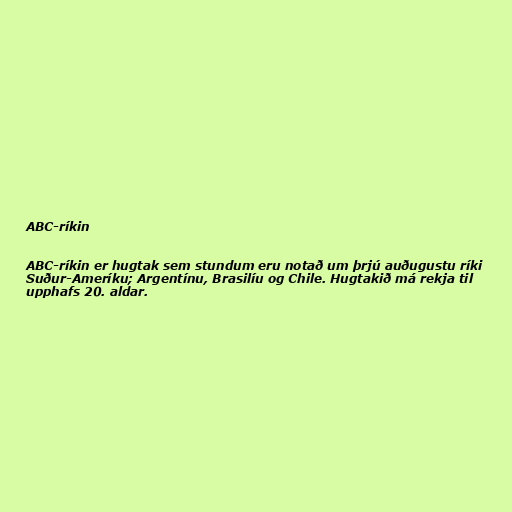
ABC-ríkin

ABC-ríkin er hugtak sem stundum eru notað um þrjú auðugustu ríki
Suður-Ameríku; Argentínu, Brasilíu og Chile. Hugtakið má rekja til
upphafs 20. aldar.